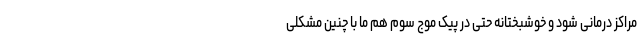
مراکز درمانی شود و خوشبختانه حتی در پیک موج سوم هم ما با چنین مشکلی